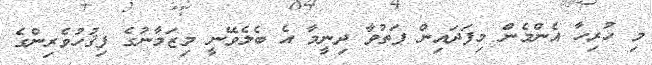
މި ހުރިހާ އެންމެން މިފަދައިން ފަތުވާ ދިނީމާ އެ ބެލެވޭނީ މިޒަމާނުގެ ފިޤުހުވެރިންގެ